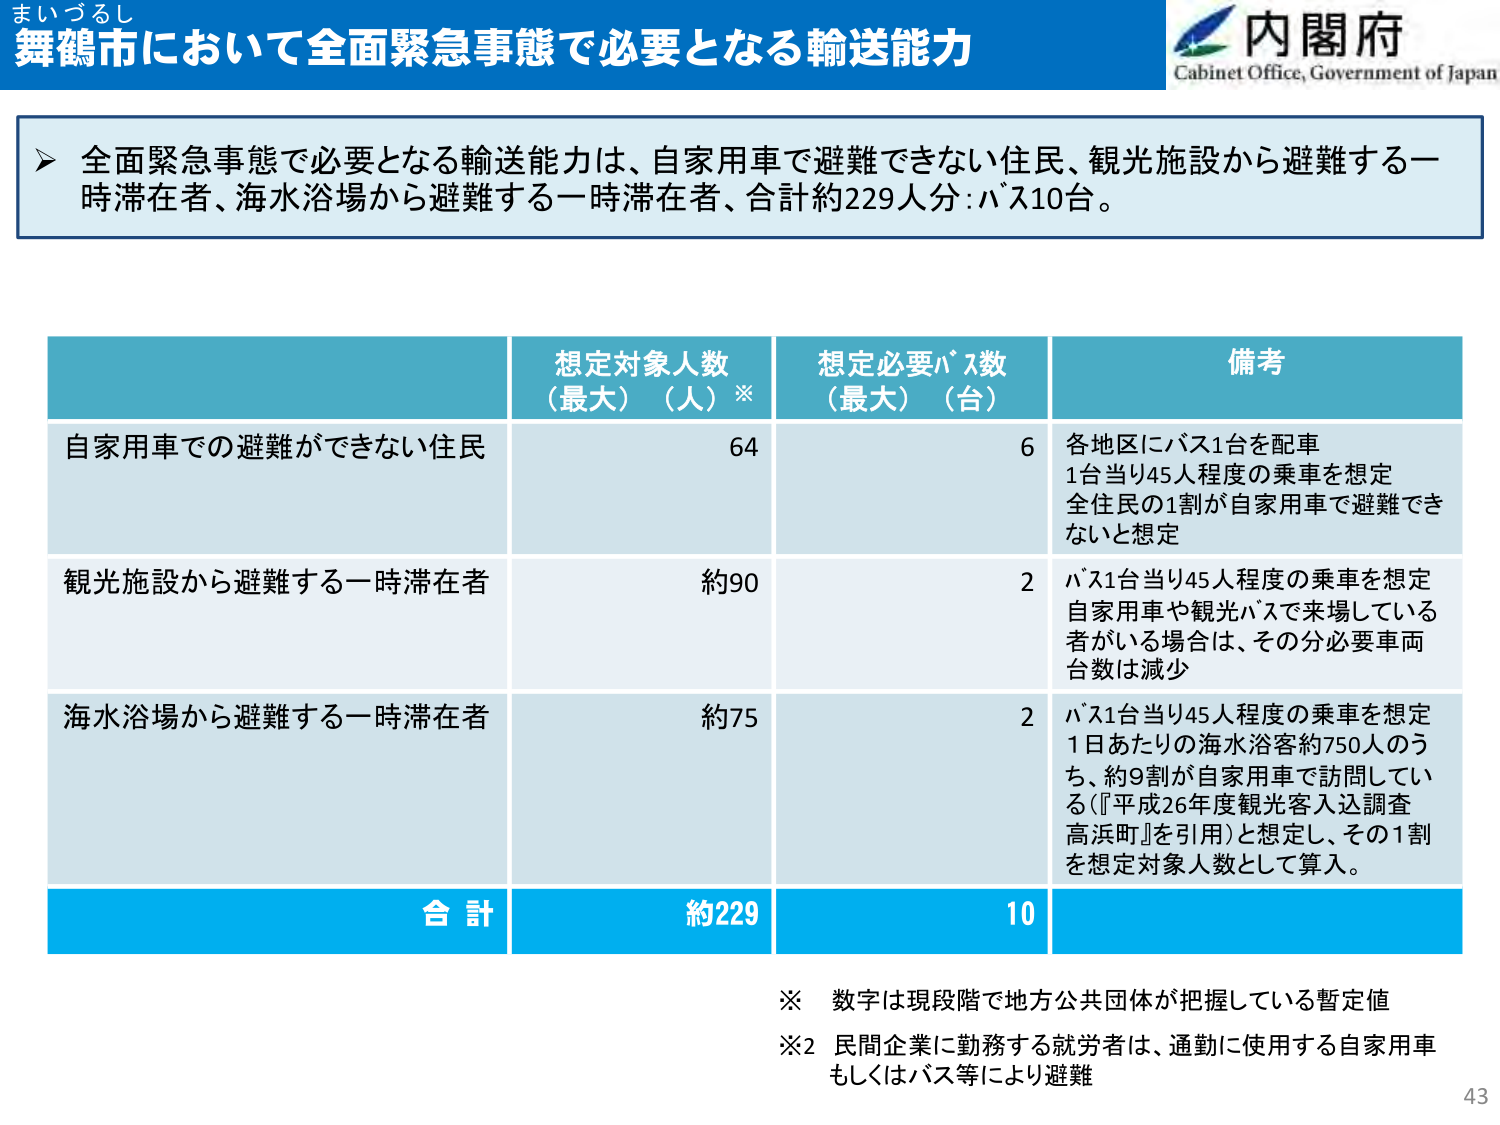
まいづるし
舞鶴市において全面緊急事態で必要となる輸送能力
内閣府
Cabinet Office, Government of Japan

▶ 全面緊急事態で必要となる輸送能力は、自家用車で避難できない住民、観光施設から避難する一時滞在者、海水浴場から避難する一時滞在者、合計約229人分：バス10台。

想定対象人数
（最大）（人）※
想定必要バス数
（最大）（台）
備考

自家用車での避難ができない住民
64
6
各地区にバス1台を配車
1台当たり45人程度の乗車を想定
全住民の1割が自家用車で避難できないと想定

観光施設から避難する一時滞在者
約90
2
バス1台当たり45人程度の乗車を想定
自家用車や観光バスで来場している者がいる場合は、その分必要車両台数は減少

海水浴場から避難する一時滞在者
約75
2
バス1台当たり45人程度の乗車を想定
1日あたりの海水浴客約750人のうち、約9割が自家用車で訪問している（『平成26年度観光客入込調査 高浜町』を引用）と想定し、その1割を想定対象人数として算入。

合計
約229
10

※ 数字は現段階で地方公共団体が把握している暫定値
※2 民間企業に勤務する就労者は、通勤に使用する自家用車もしくはバス等により避難

43